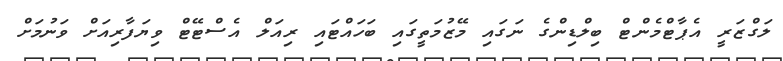
ލަގްޒަރީ އެޕާޓްމެންޓް ބިލްޑިންގެ ނަގައި މޭޒުމަތީގައި ބަހައްޓައި ރިއަލް އެސްޓޭޓް ވިޔަފާރިއަށް ވަނުމަށް